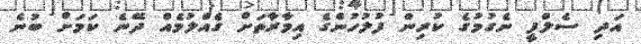
އަދި ސެލްފީ ނެގުމުގެ ކުރިން ފުލުހުންގެ އިމާރާތަށް ގެއްލުމެއް ދޭނެ ކަމަށް ބުނެ